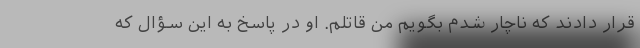
قرار دادند که ناچار شدم بگویم من قاتلم. او در پاسخ به این سؤال که